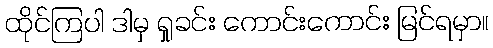
ထိုင်ကြပါ ဒါမှ ရှုခင်း ကောင်းကောင်း မြင်ရမှာ။